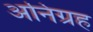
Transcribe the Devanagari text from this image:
अनिग्रह